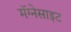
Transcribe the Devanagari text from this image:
मॅग्नेसाइट